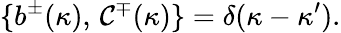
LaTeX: \{ b^{\pm}(\kappa),\, \mathcal{C}^{\mp}(\kappa)\} =\delta(\kappa-\kappa^{\prime}).